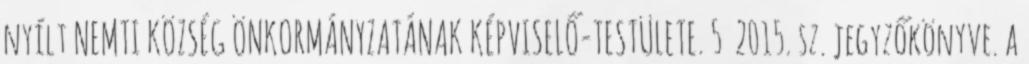
nyílt NEMTI KÖZSÉG ÖNKORMÁNYZATÁNAK KÉPVISELŐ-TESTÜLETE. 5 2015. sz. jegyzőkönyve. a